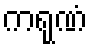
ကရုဏံ